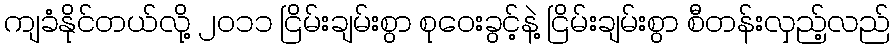
ကျခံနိုင်တယ်လို့ ၂၀၁၁ ငြိမ်းချမ်းစွာ စုဝေးခွင့်နဲ့ ငြိမ်းချမ်းစွာ စီတန်းလှည့်လည်